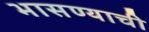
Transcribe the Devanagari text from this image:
भासण्याची